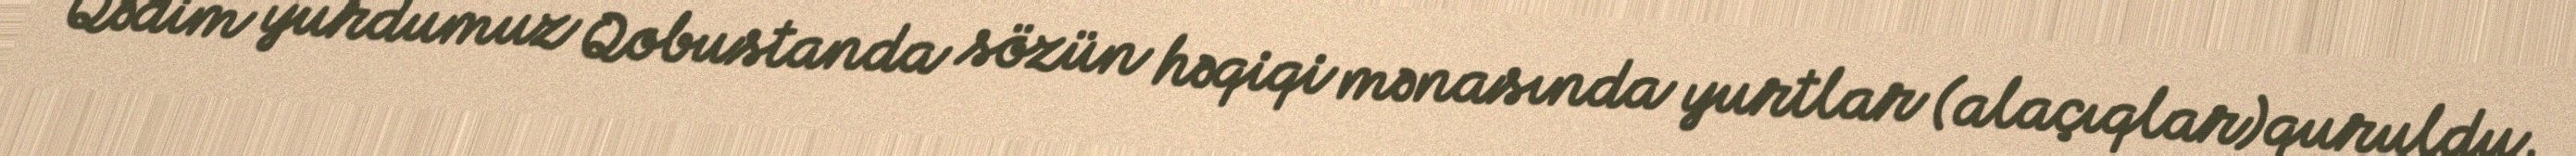
Qədim yurdumuz Qobustanda sözün həqiqi mənasında yurtlar (alaçıqlar)quruldu,